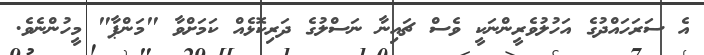
އެ ސަރަހައްދުގެ އަހުލުވެރީންނަކީ ވެސް ޗައިނާ ނަސްލުގެ ދަރިކޮޅެއް ކަމަށްވާ "މަންޕާ" މީހުންނެވެ.